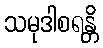
သမုဒါစရန္တိ